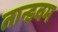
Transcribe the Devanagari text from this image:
तान्डवम